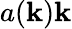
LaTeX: a(\mathbf{k})\mathbf{k}